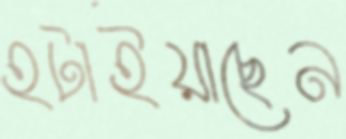
হটাইয়াছেন